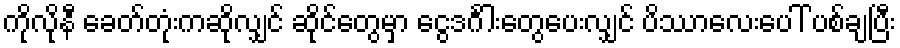
ကိုလိုနီ ခေတ်တုံးကဆိုလျှင် ဆိုင်တွေမှာ ငွေဒင်္ဂါးတွေပေးလျှင် ပိဿာလေးပေါ် ပစ်ချပြီး